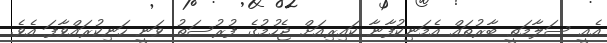
އެއީ ސަލާމަތީ ބާރުތައް އެމަނިކުފާނާ ކައިރިއަށް ޖެހުމުގެ ފުރުސަތު ވަނީ ހަނިކުރައްވާފަ އެވެ.